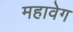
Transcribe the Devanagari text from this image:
महावेग